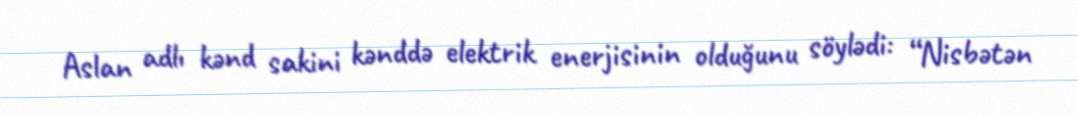
Aslan adlı kənd sakini kənddə elektrik enerjisinin olduğunu söylədi: “Nisbətən